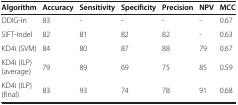
| Algorithm | Accuracy | Sensitivity | Specificity | Precision | NPV | MCC |
 | --- | --- | --- | --- | --- | --- | --- |
 | DDIG-in | 83 | - | - | - | - | 0.67 |
 | SIFT-Indel | 82 | 81 | 82 | 82 | - | 0.63 |
 | KD4i (SVM) | 84 | 80 | 87 | 88 | 79 | 0.67 |
 | KD4i (ILP) (average) | 79 | 89 | 69 | 75 | 85 | 0.59 |
 | KD4i (ILP) (final) | 83 | 93 | 74 | 78 | 91 | 0.68 |